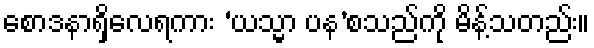
စောဒနာရှိလေရကား ‘ယသ္မာ ပန’စသည်ကို မိန့်သတည်း။